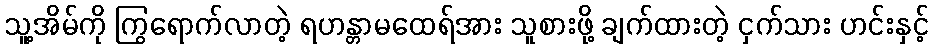
သူ့အိမ်ကို ကြွရောက်လာတဲ့ ရဟန္တာမထေရ်အား သူစားဖို့ ချက်ထားတဲ့ ငှက်သား ဟင်းနှင့်